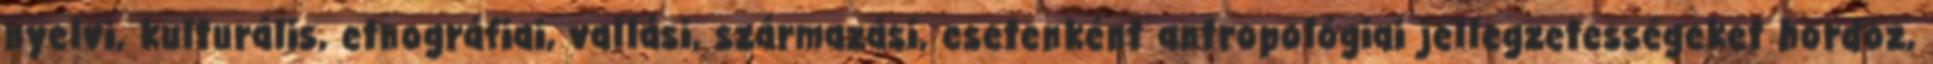
nyelvi, kulturális, etnográfiai, vallási, származási, esetenként antropológiai jellegzetességeket hordoz,